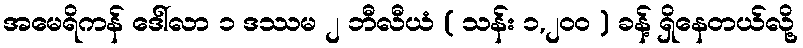
အမေရိကန် ဒေါ်လာ ၁ ဒဿမ ၂ ဘီလီယံ ( သန်း ၁,၂၀၀ ) ခန့် ရှိနေတယ်လို့